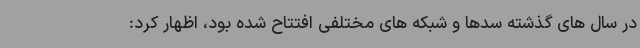
در سال های گذشته سدها و شبکه های مختلفی افتتاح شده بود، اظهار کرد: